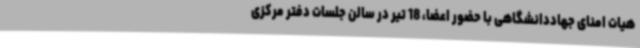
هیات امنای جهاددانشگاهی با حضور اعضا، 18 تیر در سالن جلسات دفتر مرکزی